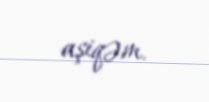
aşiqəm.